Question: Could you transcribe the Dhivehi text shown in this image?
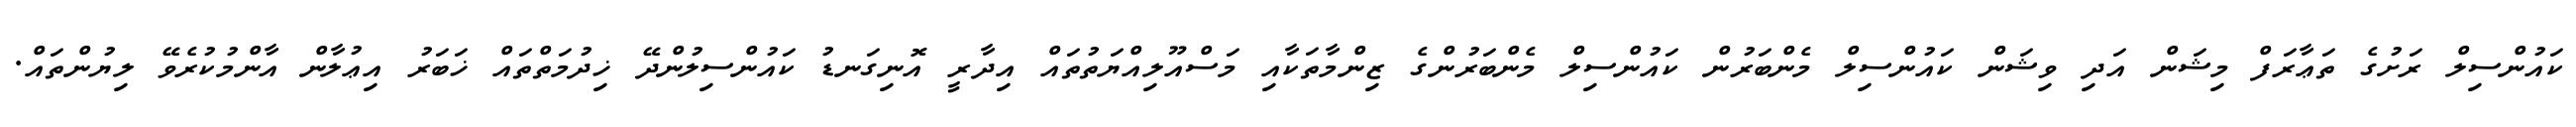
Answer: ކައުންސިލް ރަށުގެ ތަޢާރަފް މިޝަން އަދި ވިޝަން ކައުންސިލް މެންބަރުން ކައުންސިލް މެންބަރުންގެ ޒިންމާތަކާއި މަސްއޫލިއްޔަތުތައް އިދާރީ އޮނިގަނޑު ކައުންސިލުންދޭ ޚިދުމަތްތައް ޚަބަރު އިޢުލާން އާންމުކުރެވޭ ލިޔުންތައް.